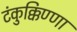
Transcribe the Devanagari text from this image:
टंकुक्किण्णा